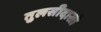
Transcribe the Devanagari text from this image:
तुलसीदासो